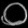
Digit: ၀